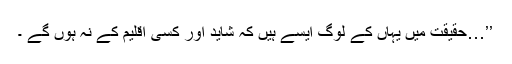
’’…حقیقت میں یہاں کے لوگ ایسے ہیں کہ شاید اور کسی اقلیم کے نہ ہوں گے ۔